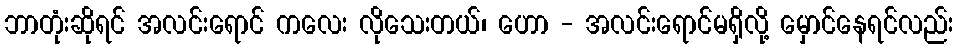
ဘာတုံးဆိုရင် အလင်းရောင် ကလေး လိုသေးတယ်၊ ဟော - အလင်းရောင်မရှိလို့ မှောင်နေရင်လည်း